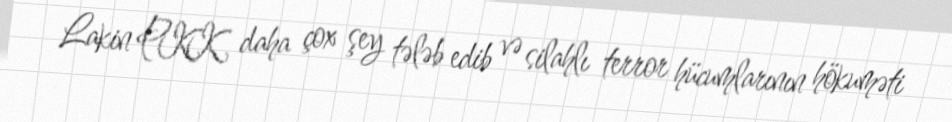
Lakin PKK daha çox şey tələb edib və silahlı terror hücumlarının hökuməti